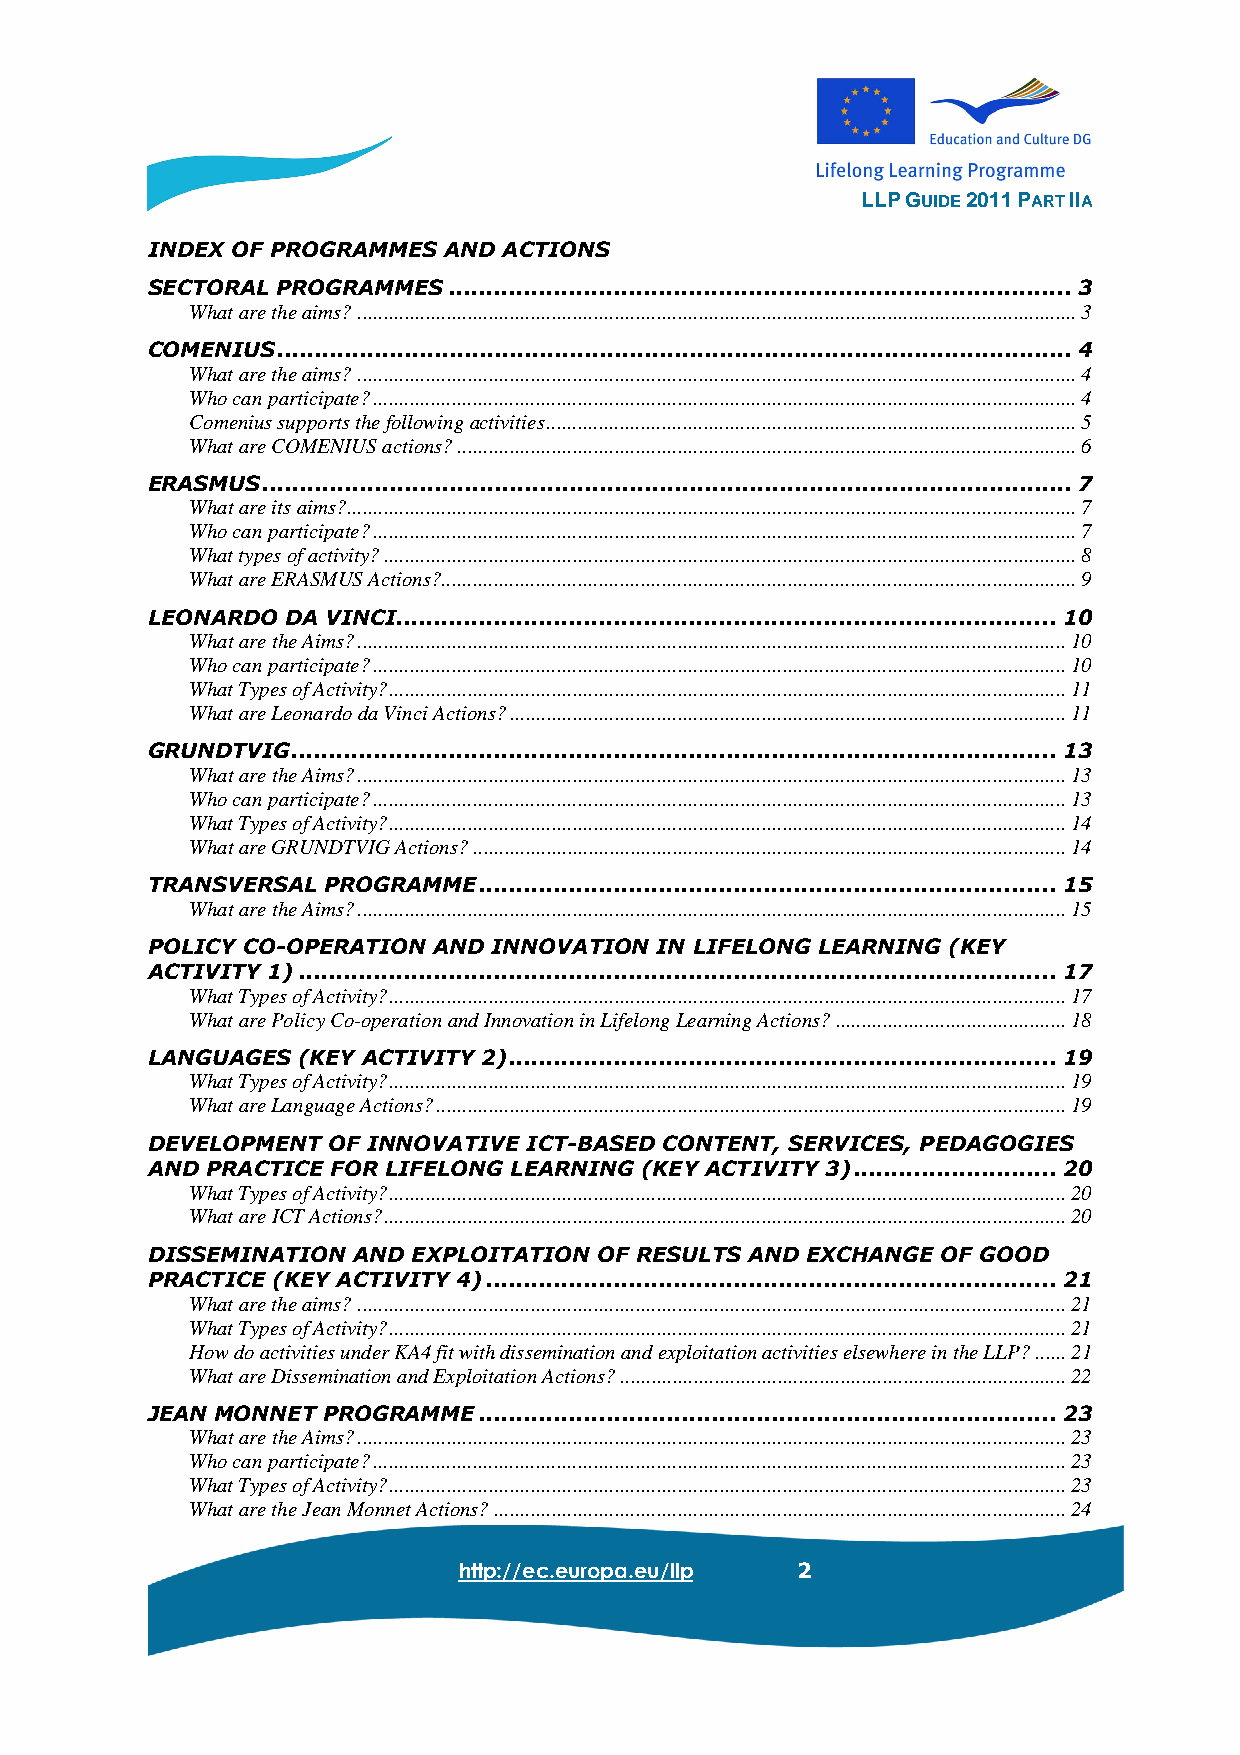
LLP GUIDE 2011 PART IIA
 INDEX OF PROGRAMMES AND ACTIONS
 SECTORAL PROGRAMMES ...................................................................................3
 What are the aims?.........................................................................................................................................3
 COMENIUS..........................................................................................................4
 What are the aims?.........................................................................................................................................4
 Who can participate?......................................................................................................................................4
 Comenius supports the following activities.....................................................................................................5
 What are COMENIUS actions?......................................................................................................................6
 ERASMUS............................................................................................................7
 What are its aims?...........................................................................................................................................7
 Who can participate?......................................................................................................................................7
 What types of activity?....................................................................................................................................8
 What are ERASMUS Actions?.........................................................................................................................9
 LEONARDO DA VINCI........................................................................................10
 What are the Aims?.......................................................................................................................................10
 Who can participate?....................................................................................................................................10
 What Types of Activity?.................................................................................................................................11
 What are Leonardo da Vinci Actions?..........................................................................................................11
 GRUNDTVIG......................................................................................................13
 What are the Aims?.......................................................................................................................................13
 Who can participate?....................................................................................................................................13
 What Types of Activity?.................................................................................................................................14
 What are GRUNDTVIG Actions?.................................................................................................................14
 TRANSVERSAL PROGRAMME.............................................................................15
 What are the Aims?.......................................................................................................................................15
 POLICY CO-OPERATION AND INNOVATION IN LIFELONG LEARNING (KEY
 ACTIVITY 1).....................................................................................................17
 What Types of Activity?.................................................................................................................................17
 What are Policy Co-operation and Innovation in Lifelong Learning Actions?............................................18
 LANGUAGES (KEY ACTIVITY 2).........................................................................19
 What Types of Activity?.................................................................................................................................19
 What are Language Actions?........................................................................................................................19
 DEVELOPMENT OF INNOVATIVE ICT-BASED CONTENT, SERVICES, PEDAGOGIES
 AND PRACTICE FOR LIFELONG LEARNING (KEY ACTIVITY 3)...........................20
 What Types of Activity?.................................................................................................................................20
 What are ICT Actions?..................................................................................................................................20
 DISSEMINATION AND EXPLOITATION OF RESULTS AND EXCHANGE OF GOOD
 PRACTICE (KEY ACTIVITY 4)............................................................................21
 What are the aims?.......................................................................................................................................21
 What Types of Activity?.................................................................................................................................21
 How do activities under KA4 fit with dissemination and exploitation activities elsewhere in the LLP?......21
 What are Dissemination and Exploitation Actions?.....................................................................................22
 JEAN MONNET PROGRAMME.............................................................................23
 What are the Aims?.......................................................................................................................................23
 Who can participate?....................................................................................................................................23
 What Types of Activity?.................................................................................................................................23
 What are the Jean Monnet Actions?.............................................................................................................24
 http://ec.europa.eu/llp 2